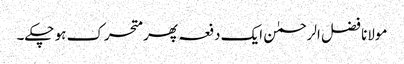
مولانا فضل الرحمٰن ایک دفعہ پھر متحرک ہو چکے۔